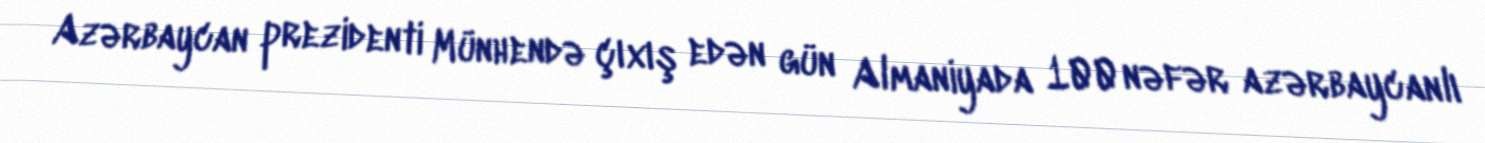
Azərbaycan prezidenti Münhendə çıxış edən gün Almaniyada 100 nəfər azərbaycanlı